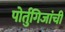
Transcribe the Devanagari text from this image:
पोर्तुगिजांची